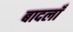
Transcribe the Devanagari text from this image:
बादलाँ